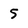
Character: 5